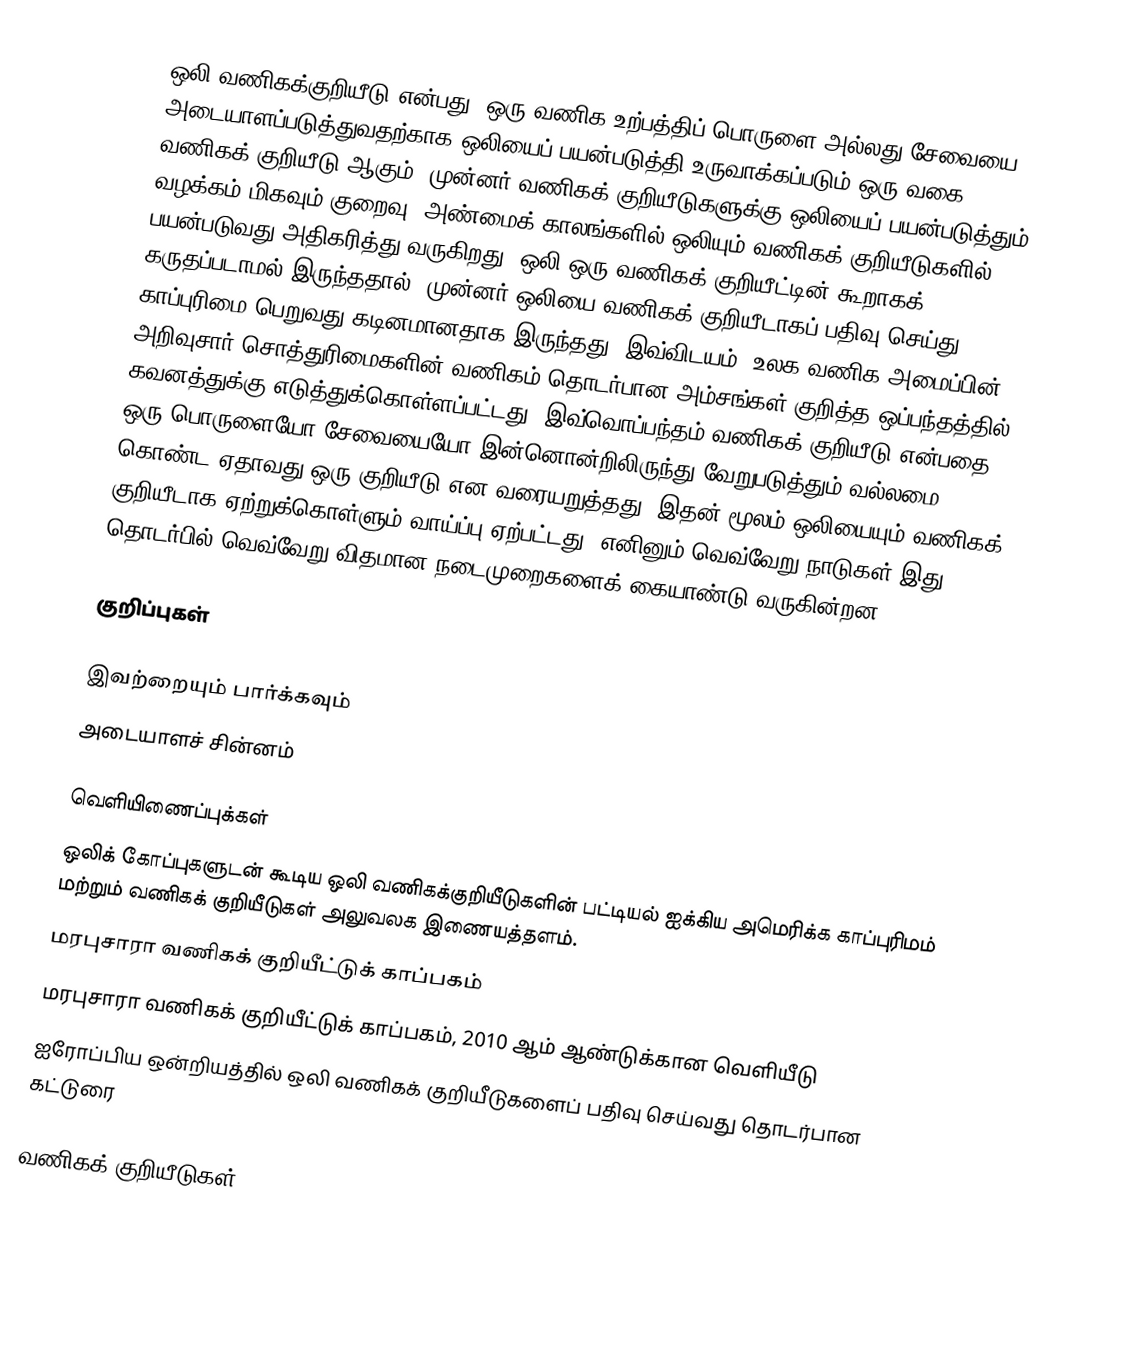
ஒலி வணிகக்குறியீடு என்பது, ஒரு வணிக உற்பத்திப் பொருளை அல்லது சேவையை அடையாளப்படுத்துவதற்காக ஒலியைப் பயன்படுத்தி உருவாக்கப்படும் ஒரு வகை வணிகக் குறியீடு ஆகும். முன்னர் வணிகக் குறியீடுகளுக்கு ஒலியைப் பயன்படுத்தும் வழக்கம் மிகவும் குறைவு. அண்மைக் காலங்களில் ஒலியும் வணிகக் குறியீடுகளில் பயன்படுவது அதிகரித்து வருகிறது. ஒலி ஒரு வணிகக் குறியீட்டின் கூறாகக் கருதப்படாமல் இருந்ததால், முன்னர் ஒலியை வணிகக் குறியீடாகப் பதிவு செய்து காப்புரிமை பெறுவது கடினமானதாக இருந்தது. இவ்விடயம், உலக வணிக அமைப்பின் அறிவுசார் சொத்துரிமைகளின் வணிகம் தொடர்பான அம்சங்கள் குறித்த ஒப்பந்தத்தில் கவனத்துக்கு எடுத்துக்கொள்ளப்பட்டது. இவ்வொப்பந்தம் வணிகக் குறியீடு என்பதை ஒரு பொருளையோ சேவையையோ இன்னொன்றிலிருந்து வேறுபடுத்தும் வல்லமை கொண்ட ஏதாவது ஒரு குறியீடு என வரையறுத்தது. இதன் மூலம் ஒலியையும் வணிகக் குறியீடாக ஏற்றுக்கொள்ளும் வாய்ப்பு ஏற்பட்டது. எனினும் வெவ்வேறு நாடுகள் இது தொடர்பில் வெவ்வேறு விதமான நடைமுறைகளைக் கையாண்டு வருகின்றன.

குறிப்புகள்

இவற்றையும் பார்க்கவும்
 அடையாளச் சின்னம்

வெளியிணைப்புக்கள்
 ஒலிக் கோப்புகளுடன் கூடிய ஒலி வணிகக்குறியீடுகளின் பட்டியல்  ஐக்கிய அமெரிக்க காப்புரிமம் மற்றும் வணிகக் குறியீடுகள் அலுவலக இணையத்தளம்.
 மரபுசாரா வணிகக் குறியீட்டுக் காப்பகம்
 மரபுசாரா வணிகக் குறியீட்டுக் காப்பகம், 2010 ஆம் ஆண்டுக்கான வெளியீடு
 ஐரோப்பிய ஒன்றியத்தில் ஒலி வணிகக் குறியீடுகளைப் பதிவு செய்வது தொடர்பான கட்டுரை

வணிகக் குறியீடுகள்